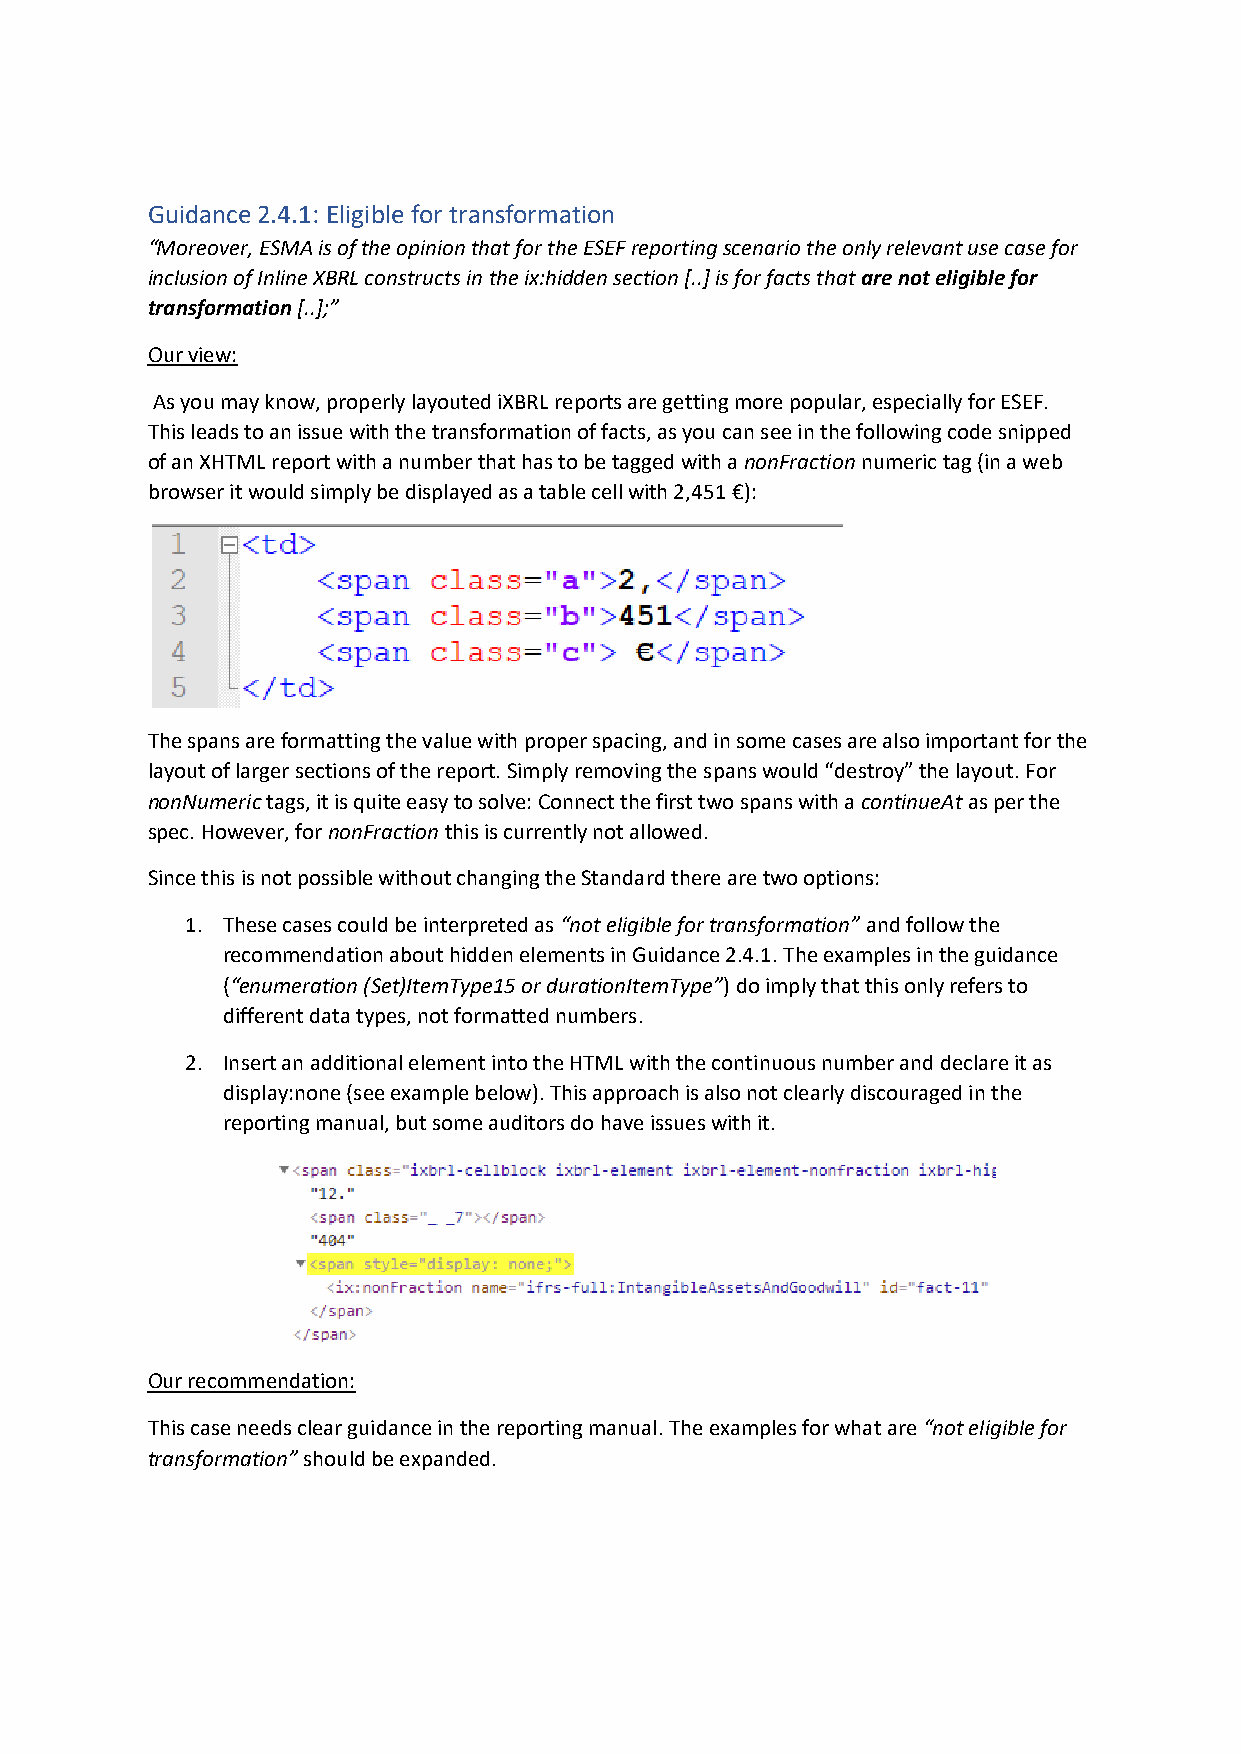
Guidance 2.4.1: Eligible for transformation
 “Moreover, ESMA is of the opinion that for the ESEF reporting scenario the only relevant use case for
 inclusion of Inline XBRL constructs in the ix:hidden section [..] is for facts that are not eligible for
 transformation [..];”
 Our view:
 As you may know, properly layouted iXBRL reports are getting more popular, especially for ESEF.
 This leads to an issue with the transformation of facts, as you can see in the following code snipped
 of an XHTML report with a number that has to be tagged with a nonFraction numeric tag (in a web
 browser it would simply be displayed as a table cell with 2,451 €):
 The spans are formatting the value with proper spacing, and in some cases are also important for the
 layout of larger sections of the report. Simply removing the spans would “destroy” the layout. For
 nonNumeric tags, it is quite easy to solve: Connect the first two spans with a continueAt as per the
 spec. However, for nonFraction this is currently not allowed.
 Since this is not possible without changing the Standard there are two options:
 1. These cases could be interpreted as “not eligible for transformation” and follow the
 recommendation about hidden elements in Guidance 2.4.1. The examples in the guidance
 (“enumeration (Set)ItemType15 or durationItemType”) do imply that this only refers to
 different data types, not formatted numbers.
 2. Insert an additional element into the HTML with the continuous number and declare it as
 display:none (see example below). This approach is also not clearly discouraged in the
 reporting manual, but some auditors do have issues with it.
 Our recommendation:
 This case needs clear guidance in the reporting manual. The examples for what are “not eligible for
 transformation” should be expanded.